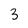
Character: 3